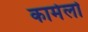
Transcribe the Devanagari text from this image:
कार्मेलो